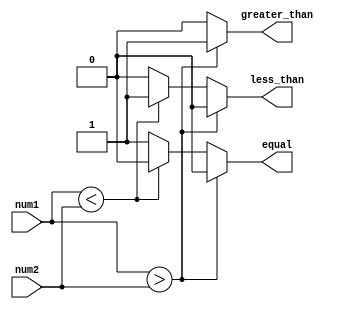
module signed_comparator (
    input signed [7:0] num1,
    input signed [7:0] num2,
    output reg greater_than,
    output reg less_than,
    output reg equal
);

always @(*) begin
    if (num1 > num2) begin
        greater_than = 1;
        less_than = 0;
        equal = 0;
    end else if (num1 < num2) begin
        greater_than = 0;
        less_than = 1;
        equal = 0;
    end else begin
        greater_than = 0;
        less_than = 0;
        equal = 1;
    end
end

endmodule